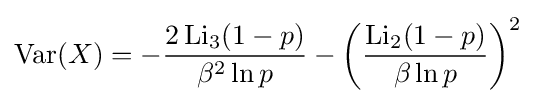
\operatorname {Var} (X)=-{\frac {2\operatorname {Li} _{3}(1-p)}{\beta ^{2}\ln p}}-\left({\frac {\operatorname {Li} _{2}(1-p)}{\beta \ln p}}\right)^{2}